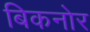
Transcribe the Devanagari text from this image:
बिकनोर